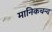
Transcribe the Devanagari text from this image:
मानिकचन्द